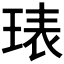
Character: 𭹙